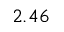
2 . 4 6